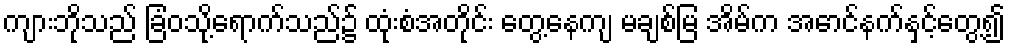
ကျားဘိုသည် ခြံဝသို့ရောက်သည်၌ ထုံးစံအတိုင်း တွေ့နေကျ မချစ်မြ အိမ်က အောင်နက်နှင့်တွေ့၍